Report of the Municipal Commissioner on the plague in Bombay for the year ending 31st May... - Volume 1
Disease focus: Plague
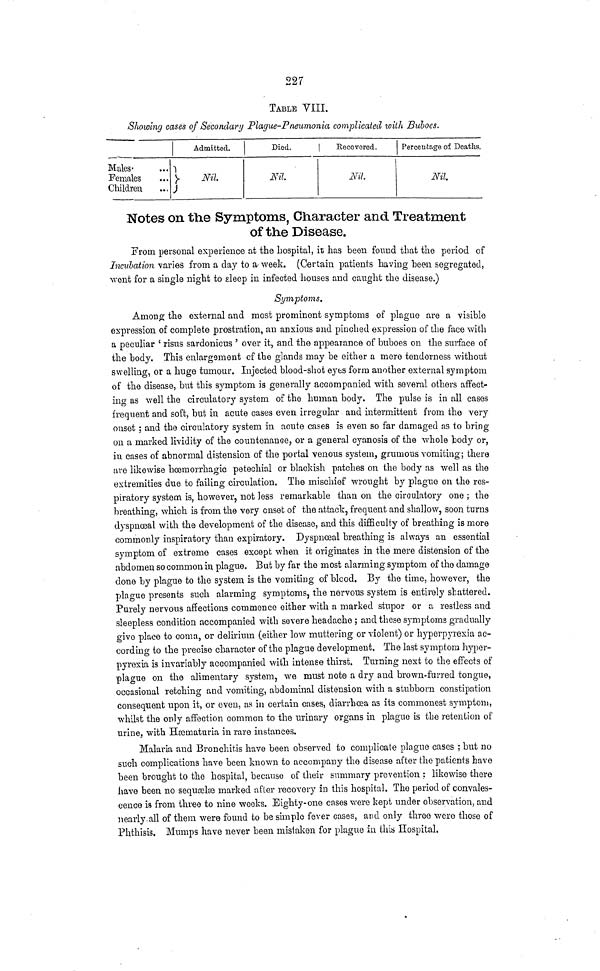
227
TABLE VIII.
Showing cases of Secondary Plague-Pneumonia complicated with Buboes.
Males-
Females
Children
Admitted.
Nil
Died.
Nil.
Recovered.
Nil
Percentage of Deaths.
Nil.
Notes on the Symptoms, Character and Treatment
of the Disease.
From personal experience at the hospital, it; has been found that the period of
Incubation varies from a day to a week. (Certain patients having been segregated,
went for a single night to sleep in infected houses and caught the disease.)
Symptoms.
Among the external and most prominent symptoms of plague are a visible
expression of complete prostration, an anxious and pinched expression of the face with
a peculiar 'risus sardonicus' over it, and the appearance of buboes on the surface of
the body. This enlargement of the glands may be either a mere tenderness without
swelling, or a huge tumour. Injected blood-shot eyes form another external symptom
of the disease, but this symptom is generally accompanied with several others affect-
ing as well the circulatory system of the human body. The pulse is in all cases
frequent and soft, but in acute cases even irregular and intermittent from the very
onset; and the circulatory system in acute cases is even so far damaged as to bring-
on a marked lividity of the countenance, or a general cyanosis of the whole body or,
in cases of abnormal distension of the portal venous system, grumous vomiting; there
are likewise hcemorrhagic petechial or blackish patches on the body as well as the
extremities due to failing circulation. The mischief wrought by plague on the res-
piratory system is, however, not less remarkable than on the circulatory one; the
breathing, which is from the very onset of the attack, frequent and shallow, soon turns
dyspnoeal with the development of the disease, and this difficulty of breathing is more
commonly inspiratory than expiratory. Dyspnœal breathing is always an essential
symptom of extreme cases except when it originates in the mere distension of the
abdomen so common in plague. But by far the most alarming symptom of the damage
done by plague to the system is the vomiting of blood. By the time, however, the
plague presents such alarming symptoms, the nervous system is entirely shattered.
Purely nervous affections commence either with a marked stupor or a restless and
sleepless condition accompanied with severe headache; and these symptoms gradually
give place to coma, or delirium (either low muttering or violent) or hyperpyrexia ac-
cording to the precise character of the plague development. The last symptom hyper-
pyrexia is invariably accompanied with intense thirst. Turning next to the effects of
plague on the alimentary system, we must note a dry and brown-furred tongue,
occasional retching and vomiting, abdominal distension with a stubborn constipation
consequent upon it, or even, as in certain cases, diarrhoea as its commonest symptom,
whilst the only affection common to the urinary organs in plague is the retention of
urine, with Hæmaturia in rare instances.
Malaria and Bronchitis have been observed to complicate plague cases; but no
such complications have been known to accompany the disease after the patients have
been brought to the hospital, because of their summary prevention: likewise there
have been no sequælæ marked after recovery in this hospital. The period of convales-
cence is from three to nine weeks. Eighty-one cases were kept under observation, and
nearly all of them were found to be simple fever cases, and only three were those of
Phthisis. Mumps have never been mistaken for plague in this Hospital.